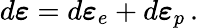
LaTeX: d{\boldsymbol{\varepsilon}}=d{\boldsymbol{\varepsilon}}_{e}+d{\boldsymbol{\varepsilon}}_{p}\, .